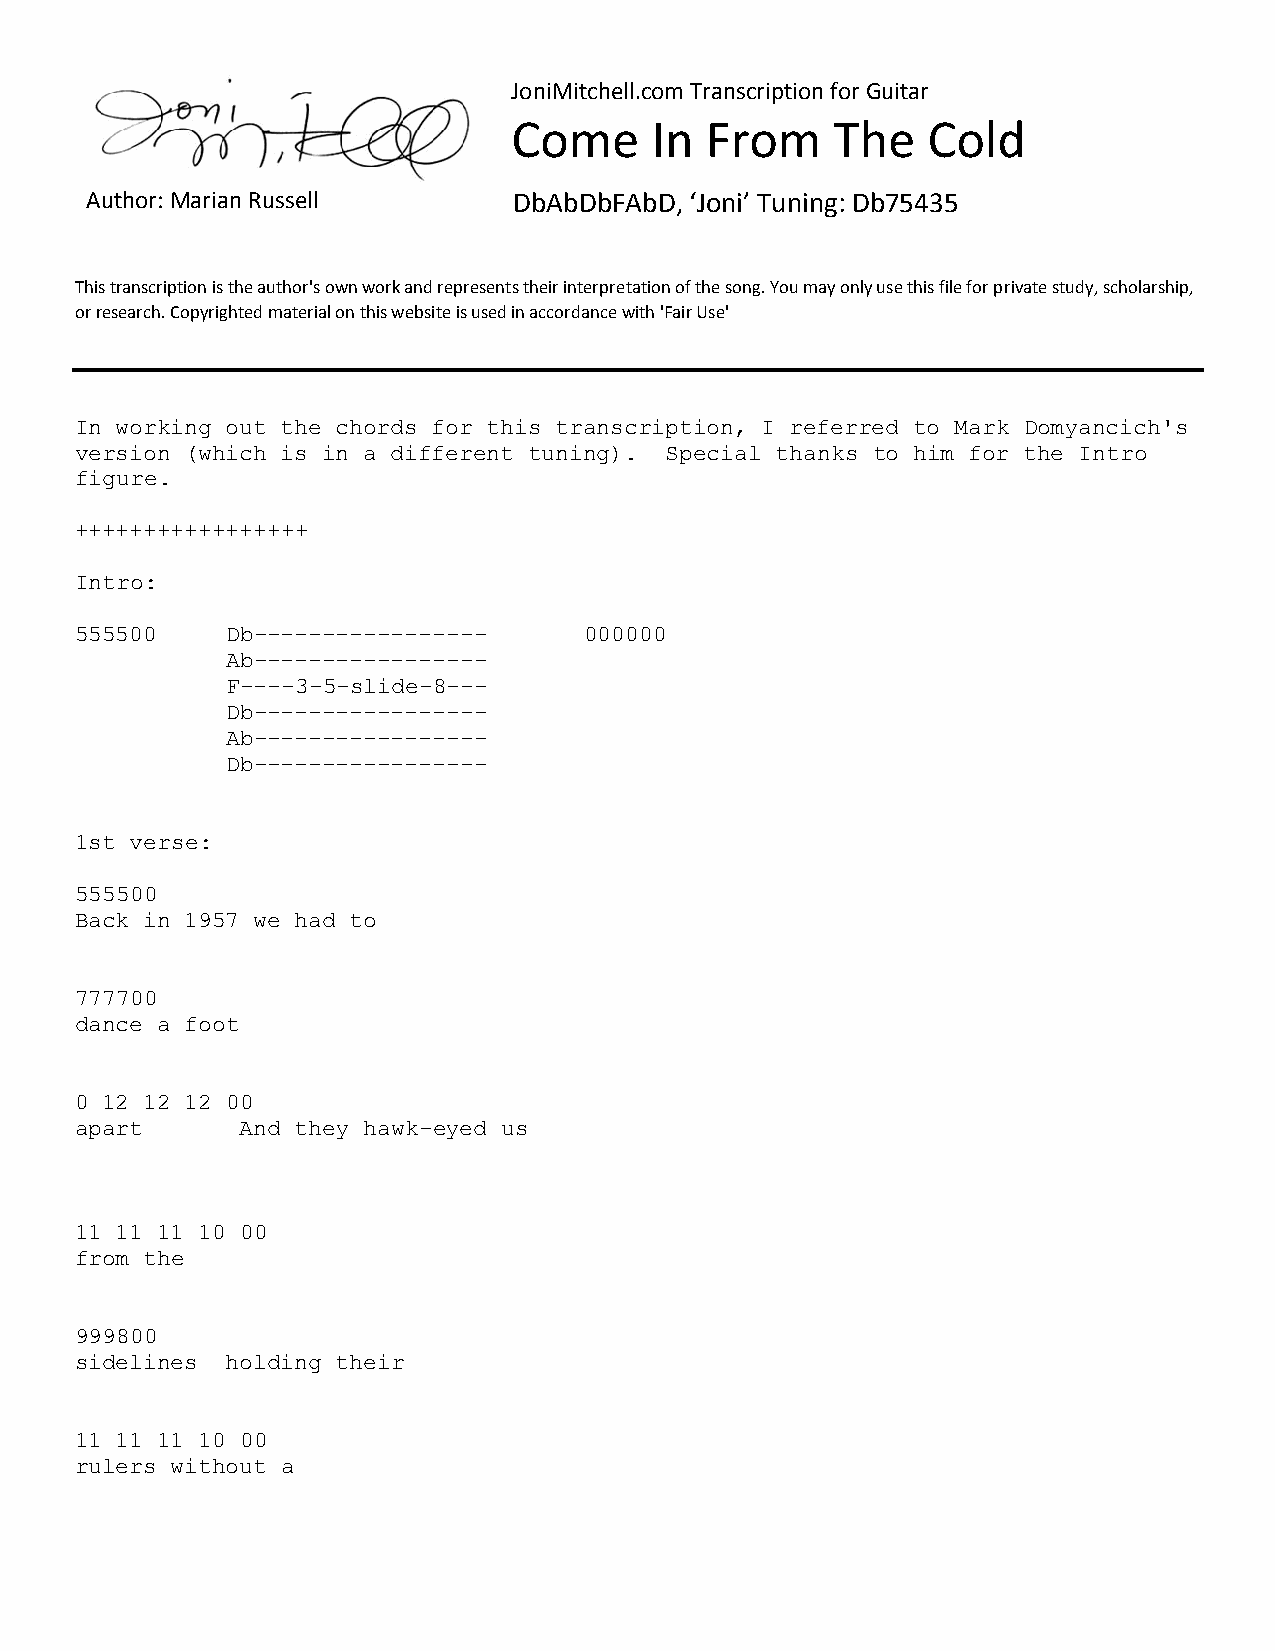
JoniMitchell.com Transcription for Guitar
 Come     In  From    The   Cold
 Author: Marian Russell      DbAbDbFAbD, ‘Joni’ Tuning: Db75435
 This transcription is the author's own work and represents their interpretation of the song. You may only use this file for private study, scholarship,
 or research. Copyrighted material on this website is used in accordance with 'Fair Use'
 In working out the chords for this transcription, I referred to Mark Domyancich's
 version (which is in a different tuning). Special thanks to him for the Intro
 figure.
 +++++++++++++++++
 Intro:
 555500    Db-----------------     000000
 Ab-----------------
 F----3-5-slide-8---
 Db-----------------
 Ab-----------------
 Db-----------------
 1st verse:
 555500
 Back in 1957 we had to
 777700
 dance a foot
 0 12 12 12 00
 apart      And they hawk-eyed us
 11 11 11 10 00
 from the
 999800
 sidelines holding their
 11 11 11 10 00
 rulers without a